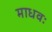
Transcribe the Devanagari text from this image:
माधवः